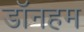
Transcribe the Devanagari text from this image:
डॉनहम